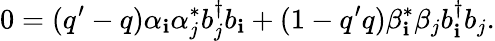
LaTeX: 0=(q^{\prime}-q)\alpha_{\mathbf{i}}\alpha_{j}^{*}b_{j}^{\dagger}b_{\mathbf{i}}+(1-q^{\prime}q)\beta_{\mathbf{i}}^{*}\beta_{j}b_{\mathbf{i}}^{\dagger}b_{j}.